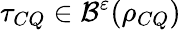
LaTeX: \tau_{CQ}\in\mathcal{B}^{\varepsilon}(\rho_{CQ})